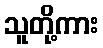
သူတို့ကား